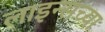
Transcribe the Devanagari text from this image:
लाइन्सच्या